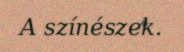
A színészek.